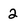
Character: 2